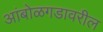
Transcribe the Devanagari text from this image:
आंबोळगडावरील